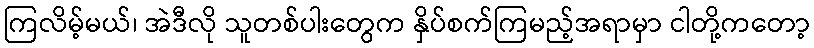
ကြလိမ့်မယ်၊ အဲဒီလို သူတစ်ပါးတွေက နှိပ်စက်ကြမည့်အရာမှာ ငါတို့ကတော့